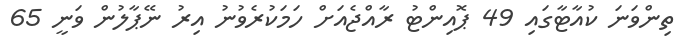
ތިންވަނަ ކުއާޓާގައި 49 ޕޮއިންޓު ރާއްޖެއަށް ހަމަކުރެވުނު އިރު ނޭޕާލުން ވަނީ 65